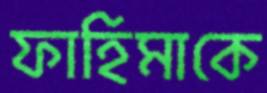
ফাহিমাকে